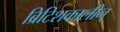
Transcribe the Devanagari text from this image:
ब्रिटिशकालीन्